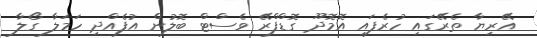
އޭރިޔާ ތެރޭގައި ހުރެފައި އޮމޮދޫ ގޮޑްފްރޭ ވެސްޓް ބޮލުން އުފެއްދި ހަމަލާ ގޯލާ